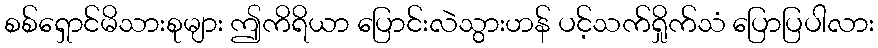
စစ်ရှောင်မိသားစုများ ဤကိရိယာ ပြောင်းလဲသွားဟန် ပင့်သက်ရှိုက်သံ ပြောပြပါလား